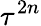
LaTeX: \tau^{2n}